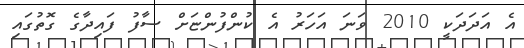
އެ އަދަދަކީ 2010 ވަނަ އަހަރު އެ ކުންފުންޏަށް ސާފު ފައިދާގެ ގޮތުގައި